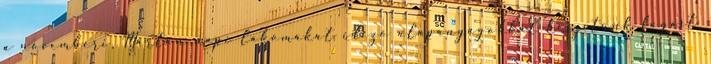
a novemberi, Márton napi lakomákat idéző alapanyagokkal készítünk fogást